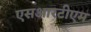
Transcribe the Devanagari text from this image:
एसआरटीएम